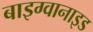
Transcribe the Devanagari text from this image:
बाइग्वानाइड